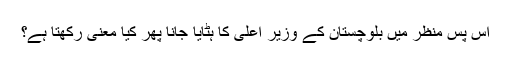
اس پس منظر میں بلوچستان کے وزیر اعلیٰ کا ہٹایا جانا پھر کیا معنی رکھتا ہے؟